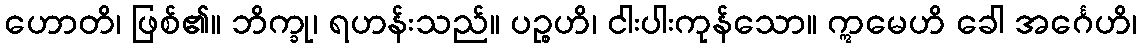
ဟောတိ၊ ဖြစ်၏။ ဘိက္ခု၊ ရဟန်းသည်။ ပဉ္စဟိ၊ ငါးပါးကုန်သော။ ဣမေဟိ ခေါ အင်္ဂေဟိ၊